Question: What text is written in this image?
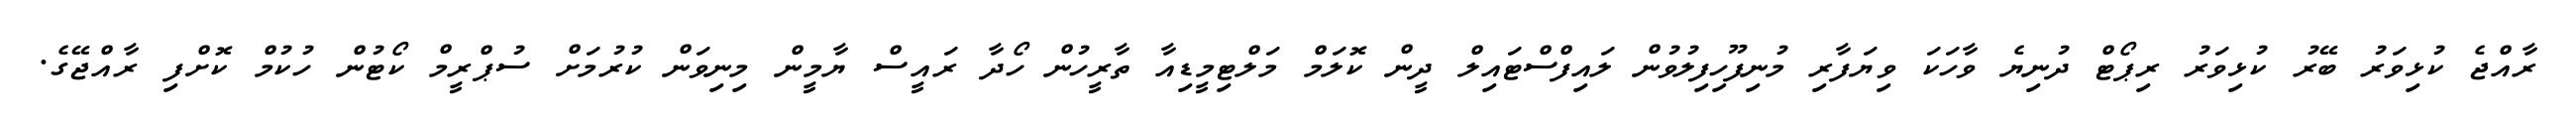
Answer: ރާއްޖެ ކުޅިވަރު ބޭރު ކުޅިވަރު ރިޕޯޓް ދުނިޔެ ވާހަކަ ވިޔަފާރި މުނިފޫހިފިލުވުން ލައިފްސްޓައިލް ދީން ކޮލަމް މަލްޓިމީޑިއާ ތާރީހުން ހޯދާ ރައީސް ޔާމީން މިނިވަން ކުރުމަށް ސުޕްރީމް ކޯޓުން ހުކުމް ކޮށްފި ރާއްޖޭގެ.